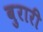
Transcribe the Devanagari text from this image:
बुरारी